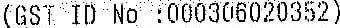
(GST ID NO :000306020352)